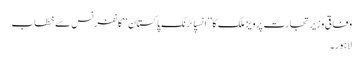
وفاقی وزیر تجارت پرویز ملک کا ’’انسپائرنگ پاکستان‘‘کانفرنس سے خطاب
لاہور۔